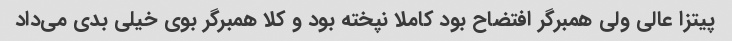
پیتزا عالی ولی همبرگر افتضاح بود کاملا نپخته بود و کلا همبرگر بوی خیلی بدی می‌داد